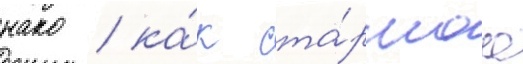
нако / ка́к ста́ршаа